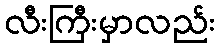
လီးကြီးမှာလည်း